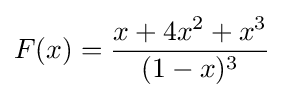
F(x)={\frac {x+4x^{2}+x^{3}}{(1-x)^{3}}}